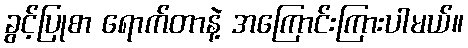
ခွင့်ပြုစာ ရောက်တာနဲ့ အကြောင်းကြားပါမယ်။